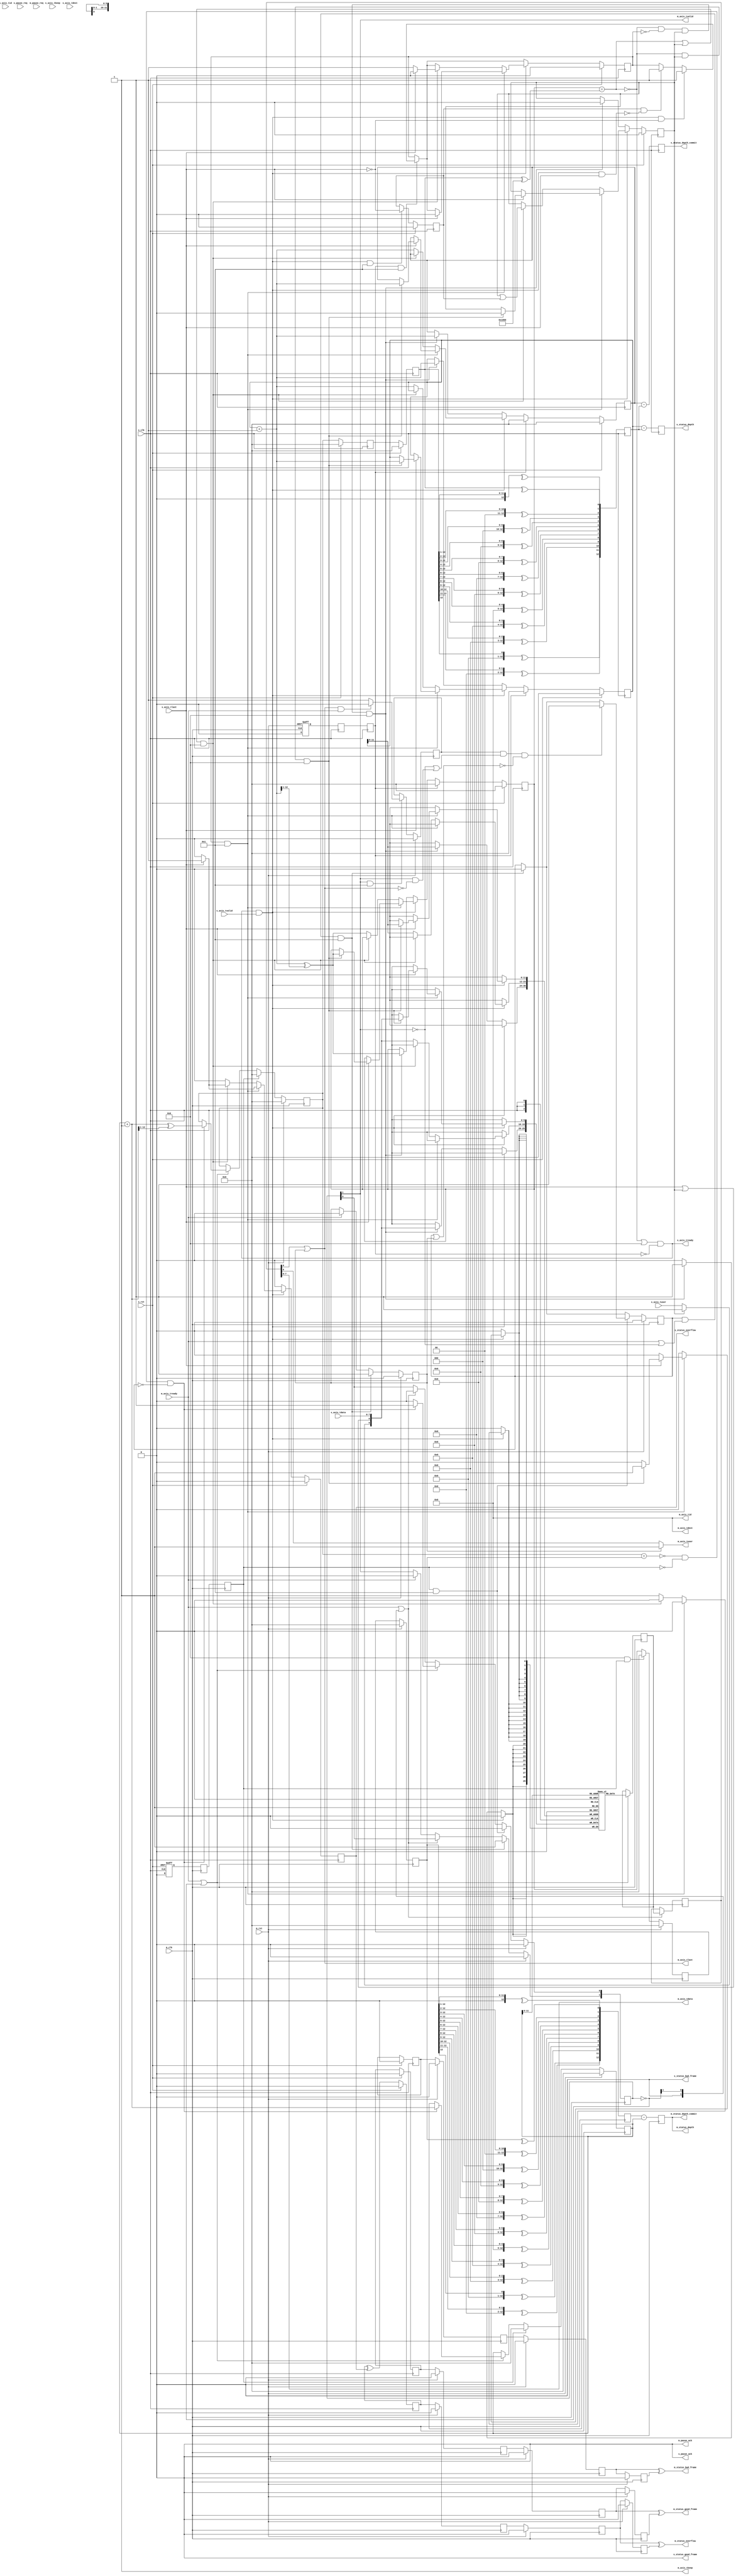
/*

Copyright (c) 2014-2023 Alex Forencich

Permission is hereby granted, free of charge, to any person obtaining a copy
of this software and associated documentation files (the "Software"), to deal
in the Software without restriction, including without limitation the rights
to use, copy, modify, merge, publish, distribute, sublicense, and/or sell
copies of the Software, and to permit persons to whom the Software is
furnished to do so, subject to the following conditions:

The above copyright notice and this permission notice shall be included in
all copies or substantial portions of the Software.

THE SOFTWARE IS PROVIDED "AS IS", WITHOUT WARRANTY OF ANY KIND, EXPRESS OR
IMPLIED, INCLUDING BUT NOT LIMITED TO THE WARRANTIES OF MERCHANTABILITY
FITNESS FOR A PARTICULAR PURPOSE AND NONINFRINGEMENT. IN NO EVENT SHALL THE
AUTHORS OR COPYRIGHT HOLDERS BE LIABLE FOR ANY CLAIM, DAMAGES OR OTHER
LIABILITY, WHETHER IN AN ACTION OF CONTRACT, TORT OR OTHERWISE, ARISING FROM,
OUT OF OR IN CONNECTION WITH THE SOFTWARE OR THE USE OR OTHER DEALINGS IN
THE SOFTWARE.

*/

// Language: Verilog 2001

`resetall
`timescale 1ns / 1ps
`default_nettype none

/*
 * AXI4-Stream asynchronous FIFO
 */
module axis_async_fifo #
(
    // FIFO depth in words
    // KEEP_WIDTH words per cycle if KEEP_ENABLE set
    // Rounded up to nearest power of 2 cycles
    parameter DEPTH = 4096,
    // Width of AXI stream interfaces in bits
    parameter DATA_WIDTH = 8,
    // Propagate tkeep signal
    // If disabled, tkeep assumed to be 1'b1
    parameter KEEP_ENABLE = (DATA_WIDTH>8),
    // tkeep signal width (words per cycle)
    parameter KEEP_WIDTH = ((DATA_WIDTH+7)/8),
    // Propagate tlast signal
    parameter LAST_ENABLE = 1,
    // Propagate tid signal
    parameter ID_ENABLE = 0,
    // tid signal width
    parameter ID_WIDTH = 8,
    // Propagate tdest signal
    parameter DEST_ENABLE = 0,
    // tdest signal width
    parameter DEST_WIDTH = 8,
    // Propagate tuser signal
    parameter USER_ENABLE = 1,
    // tuser signal width
    parameter USER_WIDTH = 1,
    // number of RAM pipeline registers
    parameter RAM_PIPELINE = 1,
    // use output FIFO
    // When set, the RAM read enable and pipeline clock enables are removed
    parameter OUTPUT_FIFO_ENABLE = 0,
    // Frame FIFO mode - operate on frames instead of cycles
    // When set, m_axis_tvalid will not be deasserted within a frame
    // Requires LAST_ENABLE set
    parameter FRAME_FIFO = 0,
    // tuser value for bad frame marker
    parameter USER_BAD_FRAME_VALUE = 1'b1,
    // tuser mask for bad frame marker
    parameter USER_BAD_FRAME_MASK = 1'b1,
    // Drop frames larger than FIFO
    // Requires FRAME_FIFO set
    parameter DROP_OVERSIZE_FRAME = FRAME_FIFO,
    // Drop frames marked bad
    // Requires FRAME_FIFO and DROP_OVERSIZE_FRAME set
    parameter DROP_BAD_FRAME = 0,
    // Drop incoming frames when full
    // When set, s_axis_tready is always asserted
    // Requires FRAME_FIFO and DROP_OVERSIZE_FRAME set
    parameter DROP_WHEN_FULL = 0,
    // Mark incoming frames as bad frames when full
    // When set, s_axis_tready is always asserted
    // Requires FRAME_FIFO to be clear
    parameter MARK_WHEN_FULL = 0,
    // Enable pause request input
    parameter PAUSE_ENABLE = 0,
    // Pause between frames
    parameter FRAME_PAUSE = FRAME_FIFO
)
(
    /*
     * AXI input
     */
    input  wire                   s_clk,
    input  wire                   s_rst,
    input  wire [DATA_WIDTH-1:0]  s_axis_tdata,
    input  wire [KEEP_WIDTH-1:0]  s_axis_tkeep,
    input  wire                   s_axis_tvalid,
    output wire                   s_axis_tready,
    input  wire                   s_axis_tlast,
    input  wire [ID_WIDTH-1:0]    s_axis_tid,
    input  wire [DEST_WIDTH-1:0]  s_axis_tdest,
    input  wire [USER_WIDTH-1:0]  s_axis_tuser,

    /*
     * AXI output
     */
    input  wire                   m_clk,
    input  wire                   m_rst,
    output wire [DATA_WIDTH-1:0]  m_axis_tdata,
    output wire [KEEP_WIDTH-1:0]  m_axis_tkeep,
    output wire                   m_axis_tvalid,
    input  wire                   m_axis_tready,
    output wire                   m_axis_tlast,
    output wire [ID_WIDTH-1:0]    m_axis_tid,
    output wire [DEST_WIDTH-1:0]  m_axis_tdest,
    output wire [USER_WIDTH-1:0]  m_axis_tuser,

    /*
     * Pause
     */
    input  wire                   s_pause_req,
    output wire                   s_pause_ack,
    input  wire                   m_pause_req,
    output wire                   m_pause_ack,

    /*
     * Status
     */
    output wire [$clog2(DEPTH):0] s_status_depth,
    output wire [$clog2(DEPTH):0] s_status_depth_commit,
    output wire                   s_status_overflow,
    output wire                   s_status_bad_frame,
    output wire                   s_status_good_frame,
    output wire [$clog2(DEPTH):0] m_status_depth,
    output wire [$clog2(DEPTH):0] m_status_depth_commit,
    output wire                   m_status_overflow,
    output wire                   m_status_bad_frame,
    output wire                   m_status_good_frame
);

parameter ADDR_WIDTH = (KEEP_ENABLE && KEEP_WIDTH > 1) ? $clog2(DEPTH/KEEP_WIDTH) : $clog2(DEPTH);

parameter OUTPUT_FIFO_ADDR_WIDTH = RAM_PIPELINE < 2 ? 3 : $clog2(RAM_PIPELINE*2+7);

// check configuration
initial begin
    if (FRAME_FIFO && !LAST_ENABLE) begin
        $error("Error: FRAME_FIFO set requires LAST_ENABLE set (instance %m)");
        $finish;
    end

    if (DROP_OVERSIZE_FRAME && !FRAME_FIFO) begin
        $error("Error: DROP_OVERSIZE_FRAME set requires FRAME_FIFO set (instance %m)");
        $finish;
    end

    if (DROP_BAD_FRAME && !(FRAME_FIFO && DROP_OVERSIZE_FRAME)) begin
        $error("Error: DROP_BAD_FRAME set requires FRAME_FIFO and DROP_OVERSIZE_FRAME set (instance %m)");
        $finish;
    end

    if (DROP_WHEN_FULL && !(FRAME_FIFO && DROP_OVERSIZE_FRAME)) begin
        $error("Error: DROP_WHEN_FULL set requires FRAME_FIFO and DROP_OVERSIZE_FRAME set (instance %m)");
        $finish;
    end

    if ((DROP_BAD_FRAME || MARK_WHEN_FULL) && (USER_BAD_FRAME_MASK & {USER_WIDTH{1'b1}}) == 0) begin
        $error("Error: Invalid USER_BAD_FRAME_MASK value (instance %m)");
        $finish;
    end

    if (MARK_WHEN_FULL && FRAME_FIFO) begin
        $error("Error: MARK_WHEN_FULL is not compatible with FRAME_FIFO (instance %m)");
        $finish;
    end

    if (MARK_WHEN_FULL && !LAST_ENABLE) begin
        $error("Error: MARK_WHEN_FULL set requires LAST_ENABLE set (instance %m)");
        $finish;
    end
end

localparam KEEP_OFFSET = DATA_WIDTH;
localparam LAST_OFFSET = KEEP_OFFSET + (KEEP_ENABLE ? KEEP_WIDTH : 0);
localparam ID_OFFSET   = LAST_OFFSET + (LAST_ENABLE ? 1          : 0);
localparam DEST_OFFSET = ID_OFFSET   + (ID_ENABLE   ? ID_WIDTH   : 0);
localparam USER_OFFSET = DEST_OFFSET + (DEST_ENABLE ? DEST_WIDTH : 0);
localparam WIDTH       = USER_OFFSET + (USER_ENABLE ? USER_WIDTH : 0);

function [ADDR_WIDTH:0] bin2gray(input [ADDR_WIDTH:0] b);
    bin2gray = b ^ (b >> 1);
endfunction

function [ADDR_WIDTH:0] gray2bin(input [ADDR_WIDTH:0] g);
    integer i;
    for (i = 0; i <= ADDR_WIDTH; i = i + 1) begin
        gray2bin[i] = ^(g >> i);
    end
endfunction

reg [ADDR_WIDTH:0] wr_ptr_reg = {ADDR_WIDTH+1{1'b0}};
reg [ADDR_WIDTH:0] wr_ptr_commit_reg = {ADDR_WIDTH+1{1'b0}};
reg [ADDR_WIDTH:0] wr_ptr_gray_reg = {ADDR_WIDTH+1{1'b0}};
reg [ADDR_WIDTH:0] wr_ptr_sync_commit_reg = {ADDR_WIDTH+1{1'b0}};
reg [ADDR_WIDTH:0] rd_ptr_reg = {ADDR_WIDTH+1{1'b0}};
reg [ADDR_WIDTH:0] rd_ptr_gray_reg = {ADDR_WIDTH+1{1'b0}};
reg [ADDR_WIDTH:0] wr_ptr_conv_reg = {ADDR_WIDTH+1{1'b0}};
reg [ADDR_WIDTH:0] rd_ptr_conv_reg = {ADDR_WIDTH+1{1'b0}};

reg [ADDR_WIDTH:0] wr_ptr_temp;
reg [ADDR_WIDTH:0] rd_ptr_temp;

(* SHREG_EXTRACT = "NO" *)
reg [ADDR_WIDTH:0] wr_ptr_gray_sync1_reg = {ADDR_WIDTH+1{1'b0}};
(* SHREG_EXTRACT = "NO" *)
reg [ADDR_WIDTH:0] wr_ptr_gray_sync2_reg = {ADDR_WIDTH+1{1'b0}};
(* SHREG_EXTRACT = "NO" *)
reg [ADDR_WIDTH:0] wr_ptr_commit_sync_reg = {ADDR_WIDTH+1{1'b0}};
(* SHREG_EXTRACT = "NO" *)
reg [ADDR_WIDTH:0] rd_ptr_gray_sync1_reg = {ADDR_WIDTH+1{1'b0}};
(* SHREG_EXTRACT = "NO" *)
reg [ADDR_WIDTH:0] rd_ptr_gray_sync2_reg = {ADDR_WIDTH+1{1'b0}};

reg wr_ptr_update_valid_reg = 1'b0;
reg wr_ptr_update_reg = 1'b0;
(* SHREG_EXTRACT = "NO" *)
reg wr_ptr_update_sync1_reg = 1'b0;
(* SHREG_EXTRACT = "NO" *)
reg wr_ptr_update_sync2_reg = 1'b0;
(* SHREG_EXTRACT = "NO" *)
reg wr_ptr_update_sync3_reg = 1'b0;
(* SHREG_EXTRACT = "NO" *)
reg wr_ptr_update_ack_sync1_reg = 1'b0;
(* SHREG_EXTRACT = "NO" *)
reg wr_ptr_update_ack_sync2_reg = 1'b0;

(* SHREG_EXTRACT = "NO" *)
reg s_rst_sync1_reg = 1'b1;
(* SHREG_EXTRACT = "NO" *)
reg s_rst_sync2_reg = 1'b1;
(* SHREG_EXTRACT = "NO" *)
reg s_rst_sync3_reg = 1'b1;
(* SHREG_EXTRACT = "NO" *)
reg m_rst_sync1_reg = 1'b1;
(* SHREG_EXTRACT = "NO" *)
reg m_rst_sync2_reg = 1'b1;
(* SHREG_EXTRACT = "NO" *)
reg m_rst_sync3_reg = 1'b1;

(* ramstyle = "no_rw_check" *)
reg [WIDTH-1:0] mem[(2**ADDR_WIDTH)-1:0];
reg mem_read_data_valid_reg = 1'b0;

(* shreg_extract = "no" *)
reg [WIDTH-1:0] m_axis_pipe_reg[RAM_PIPELINE+1-1:0];
reg [RAM_PIPELINE+1-1:0] m_axis_tvalid_pipe_reg = 0;

// full when first TWO MSBs do NOT match, but rest matches
// (gray code equivalent of first MSB different but rest same)
wire full = wr_ptr_gray_reg == (rd_ptr_gray_sync2_reg ^ {2'b11, {ADDR_WIDTH-1{1'b0}}});
// empty when pointers match exactly
wire empty = FRAME_FIFO ? (rd_ptr_reg == wr_ptr_commit_sync_reg) : (rd_ptr_gray_reg == wr_ptr_gray_sync2_reg);
// overflow within packet
wire full_wr = wr_ptr_reg == (wr_ptr_commit_reg ^ {1'b1, {ADDR_WIDTH{1'b0}}});

// control signals
reg write;
reg read;
reg store_output;

reg s_frame_reg = 1'b0;
reg m_frame_reg = 1'b0;

reg drop_frame_reg = 1'b0;
reg mark_frame_reg = 1'b0;
reg send_frame_reg = 1'b0;
reg overflow_reg = 1'b0;
reg bad_frame_reg = 1'b0;
reg good_frame_reg = 1'b0;

reg m_drop_frame_reg = 1'b0;
reg m_terminate_frame_reg = 1'b0;

reg [ADDR_WIDTH:0] s_depth_reg = 0;
reg [ADDR_WIDTH:0] s_depth_commit_reg = 0;
reg [ADDR_WIDTH:0] m_depth_reg = 0;
reg [ADDR_WIDTH:0] m_depth_commit_reg = 0;

reg overflow_sync1_reg = 1'b0;
reg overflow_sync2_reg = 1'b0;
reg overflow_sync3_reg = 1'b0;
reg overflow_sync4_reg = 1'b0;
reg bad_frame_sync1_reg = 1'b0;
reg bad_frame_sync2_reg = 1'b0;
reg bad_frame_sync3_reg = 1'b0;
reg bad_frame_sync4_reg = 1'b0;
reg good_frame_sync1_reg = 1'b0;
reg good_frame_sync2_reg = 1'b0;
reg good_frame_sync3_reg = 1'b0;
reg good_frame_sync4_reg = 1'b0;

assign s_axis_tready = (FRAME_FIFO ? (!full || (full_wr && DROP_OVERSIZE_FRAME) || DROP_WHEN_FULL) : (!full || MARK_WHEN_FULL)) && !s_rst_sync3_reg;

wire [WIDTH-1:0] s_axis;

generate
    assign s_axis[DATA_WIDTH-1:0] = s_axis_tdata;
    if (KEEP_ENABLE) assign s_axis[KEEP_OFFSET +: KEEP_WIDTH] = s_axis_tkeep;
    if (LAST_ENABLE) assign s_axis[LAST_OFFSET]               = s_axis_tlast | mark_frame_reg;
    if (ID_ENABLE)   assign s_axis[ID_OFFSET   +: ID_WIDTH]   = s_axis_tid;
    if (DEST_ENABLE) assign s_axis[DEST_OFFSET +: DEST_WIDTH] = s_axis_tdest;
    if (USER_ENABLE) assign s_axis[USER_OFFSET +: USER_WIDTH] = mark_frame_reg ? USER_BAD_FRAME_VALUE : s_axis_tuser;
endgenerate

wire [WIDTH-1:0] m_axis = m_axis_pipe_reg[RAM_PIPELINE+1-1];

wire                   m_axis_tready_pipe;
wire                   m_axis_tvalid_pipe = m_axis_tvalid_pipe_reg[RAM_PIPELINE+1-1];

wire [DATA_WIDTH-1:0]  m_axis_tdata_pipe  = m_axis[DATA_WIDTH-1:0];
wire [KEEP_WIDTH-1:0]  m_axis_tkeep_pipe  = KEEP_ENABLE ? m_axis[KEEP_OFFSET +: KEEP_WIDTH] : {KEEP_WIDTH{1'b1}};
wire                   m_axis_tlast_pipe  = LAST_ENABLE ? m_axis[LAST_OFFSET] | m_terminate_frame_reg : 1'b1;
wire [ID_WIDTH-1:0]    m_axis_tid_pipe    = ID_ENABLE   ? m_axis[ID_OFFSET +: ID_WIDTH] : {ID_WIDTH{1'b0}};
wire [DEST_WIDTH-1:0]  m_axis_tdest_pipe  = DEST_ENABLE ? m_axis[DEST_OFFSET +: DEST_WIDTH] : {DEST_WIDTH{1'b0}};
wire [USER_WIDTH-1:0]  m_axis_tuser_pipe  = USER_ENABLE ? (m_terminate_frame_reg ? USER_BAD_FRAME_VALUE : m_axis[USER_OFFSET +: USER_WIDTH]) : {USER_WIDTH{1'b0}};

wire                   m_axis_tready_out;
wire                   m_axis_tvalid_out;

wire [DATA_WIDTH-1:0]  m_axis_tdata_out;
wire [KEEP_WIDTH-1:0]  m_axis_tkeep_out;
wire                   m_axis_tlast_out;
wire [ID_WIDTH-1:0]    m_axis_tid_out;
wire [DEST_WIDTH-1:0]  m_axis_tdest_out;
wire [USER_WIDTH-1:0]  m_axis_tuser_out;

wire pipe_ready;

assign s_status_depth = (KEEP_ENABLE && KEEP_WIDTH > 1) ? {s_depth_reg, {$clog2(KEEP_WIDTH){1'b0}}} : s_depth_reg;
assign s_status_depth_commit = (KEEP_ENABLE && KEEP_WIDTH > 1) ? {s_depth_commit_reg, {$clog2(KEEP_WIDTH){1'b0}}} : s_depth_commit_reg;
assign s_status_overflow = overflow_reg;
assign s_status_bad_frame = bad_frame_reg;
assign s_status_good_frame = good_frame_reg;

assign m_status_depth = (KEEP_ENABLE && KEEP_WIDTH > 1) ? {m_depth_reg, {$clog2(KEEP_WIDTH){1'b0}}} : m_depth_reg;
assign m_status_depth_commit = (KEEP_ENABLE && KEEP_WIDTH > 1) ? {m_depth_commit_reg, {$clog2(KEEP_WIDTH){1'b0}}} : m_depth_commit_reg;
assign m_status_overflow = overflow_sync3_reg ^ overflow_sync4_reg;
assign m_status_bad_frame = bad_frame_sync3_reg ^ bad_frame_sync4_reg;
assign m_status_good_frame = good_frame_sync3_reg ^ good_frame_sync4_reg;

// reset synchronization
always @(posedge m_clk or posedge m_rst) begin
    if (m_rst) begin
        s_rst_sync1_reg <= 1'b1;
    end else begin
        s_rst_sync1_reg <= 1'b0;
    end
end

always @(posedge s_clk) begin
    s_rst_sync2_reg <= s_rst_sync1_reg;
    s_rst_sync3_reg <= s_rst_sync2_reg;
end

always @(posedge s_clk or posedge s_rst) begin
    if (s_rst) begin
        m_rst_sync1_reg <= 1'b1;
    end else begin
        m_rst_sync1_reg <= 1'b0;
    end
end

always @(posedge m_clk) begin
    m_rst_sync2_reg <= m_rst_sync1_reg;
    m_rst_sync3_reg <= m_rst_sync2_reg;
end

// Write logic
always @(posedge s_clk) begin
    overflow_reg <= 1'b0;
    bad_frame_reg <= 1'b0;
    good_frame_reg <= 1'b0;

    if (FRAME_FIFO && wr_ptr_update_valid_reg) begin
        // have updated pointer to sync
        if (wr_ptr_update_reg == wr_ptr_update_ack_sync2_reg) begin
            // no sync in progress; sync update
            wr_ptr_update_valid_reg <= 1'b0;
            wr_ptr_sync_commit_reg <= wr_ptr_commit_reg;
            wr_ptr_update_reg <= !wr_ptr_update_ack_sync2_reg;
        end
    end

    if (s_axis_tready && s_axis_tvalid && LAST_ENABLE) begin
        // track input frame status
        s_frame_reg <= !s_axis_tlast;
    end

    if (s_rst_sync3_reg && LAST_ENABLE) begin
        // if sink side is reset during transfer, drop partial frame
        if (s_frame_reg && !(s_axis_tready && s_axis_tvalid && s_axis_tlast)) begin
            drop_frame_reg <= 1'b1;
        end
        if (s_axis_tready && s_axis_tvalid && !s_axis_tlast) begin
            drop_frame_reg <= 1'b1;
        end
    end

    if (FRAME_FIFO) begin
        // frame FIFO mode
        if (s_axis_tready && s_axis_tvalid) begin
            // transfer in
            if ((full && DROP_WHEN_FULL) || (full_wr && DROP_OVERSIZE_FRAME) || drop_frame_reg) begin
                // full, packet overflow, or currently dropping frame
                // drop frame
                drop_frame_reg <= 1'b1;
                if (s_axis_tlast) begin
                    // end of frame, reset write pointer
                    wr_ptr_temp = wr_ptr_commit_reg;
                    wr_ptr_reg <= wr_ptr_temp;
                    wr_ptr_gray_reg <= bin2gray(wr_ptr_temp);
                    drop_frame_reg <= 1'b0;
                    overflow_reg <= 1'b1;
                end
            end else begin
                mem[wr_ptr_reg[ADDR_WIDTH-1:0]] <= s_axis;
                wr_ptr_temp = wr_ptr_reg + 1;
                wr_ptr_reg <= wr_ptr_temp;
                wr_ptr_gray_reg <= bin2gray(wr_ptr_temp);
                if (s_axis_tlast || (!DROP_OVERSIZE_FRAME && (full_wr || send_frame_reg))) begin
                    // end of frame or send frame
                    send_frame_reg <= !s_axis_tlast;
                    if (s_axis_tlast && DROP_BAD_FRAME && USER_BAD_FRAME_MASK & ~(s_axis_tuser ^ USER_BAD_FRAME_VALUE)) begin
                        // bad packet, reset write pointer
                        wr_ptr_temp = wr_ptr_commit_reg;
                        wr_ptr_reg <= wr_ptr_temp;
                        wr_ptr_gray_reg <= bin2gray(wr_ptr_temp);
                        bad_frame_reg <= 1'b1;
                    end else begin
                        // good packet or packet overflow, update write pointer
                        wr_ptr_temp = wr_ptr_reg + 1;
                        wr_ptr_reg <= wr_ptr_temp;
                        wr_ptr_commit_reg <= wr_ptr_temp;
                        wr_ptr_gray_reg <= bin2gray(wr_ptr_temp);

                        if (wr_ptr_update_reg == wr_ptr_update_ack_sync2_reg) begin
                            // no sync in progress; sync update
                            wr_ptr_update_valid_reg <= 1'b0;
                            wr_ptr_sync_commit_reg <= wr_ptr_temp;
                            wr_ptr_update_reg <= !wr_ptr_update_ack_sync2_reg;
                        end else begin
                            // sync in progress; flag it for later
                            wr_ptr_update_valid_reg <= 1'b1;
                        end

                        good_frame_reg <= s_axis_tlast;
                    end
                end
            end
        end else if (s_axis_tvalid && full_wr && FRAME_FIFO && !DROP_OVERSIZE_FRAME) begin
            // data valid with packet overflow
            // update write pointer
            send_frame_reg <= 1'b1;
            wr_ptr_temp = wr_ptr_reg;
            wr_ptr_reg <= wr_ptr_temp;
            wr_ptr_commit_reg <= wr_ptr_temp;
            wr_ptr_gray_reg <= bin2gray(wr_ptr_temp);

            if (wr_ptr_update_reg == wr_ptr_update_ack_sync2_reg) begin
                // no sync in progress; sync update
                wr_ptr_update_valid_reg <= 1'b0;
                wr_ptr_sync_commit_reg <= wr_ptr_temp;
                wr_ptr_update_reg <= !wr_ptr_update_ack_sync2_reg;
            end else begin
                // sync in progress; flag it for later
                wr_ptr_update_valid_reg <= 1'b1;
            end
        end
    end else begin
        // normal FIFO mode
        if (s_axis_tready && s_axis_tvalid) begin
            if (drop_frame_reg && LAST_ENABLE) begin
                // currently dropping frame
                if (s_axis_tlast) begin
                    // end of frame
                    if (!full && mark_frame_reg && MARK_WHEN_FULL) begin
                        // terminate marked frame
                        mark_frame_reg <= 1'b0;
                        mem[wr_ptr_reg[ADDR_WIDTH-1:0]] <= s_axis;
                        wr_ptr_temp = wr_ptr_reg + 1;
                        wr_ptr_reg <= wr_ptr_temp;
                        wr_ptr_commit_reg <= wr_ptr_temp;
                        wr_ptr_gray_reg <= bin2gray(wr_ptr_temp);
                    end
                    // end of frame, clear drop flag
                    drop_frame_reg <= 1'b0;
                    overflow_reg <= 1'b1;
                end
            end else if ((full || mark_frame_reg) && MARK_WHEN_FULL) begin
                // full or marking frame
                // drop frame; mark if this isn't the first cycle
                drop_frame_reg <= 1'b1;
                mark_frame_reg <= mark_frame_reg || s_frame_reg;
                if (s_axis_tlast) begin
                    drop_frame_reg <= 1'b0;
                    overflow_reg <= 1'b1;
                end
            end else begin
                // transfer in
                mem[wr_ptr_reg[ADDR_WIDTH-1:0]] <= s_axis;
                wr_ptr_temp = wr_ptr_reg + 1;
                wr_ptr_reg <= wr_ptr_temp;
                wr_ptr_commit_reg <= wr_ptr_temp;
                wr_ptr_gray_reg <= bin2gray(wr_ptr_temp);
            end
        end else if ((!full && !drop_frame_reg && mark_frame_reg) && MARK_WHEN_FULL) begin
            // terminate marked frame
            mark_frame_reg <= 1'b0;
            mem[wr_ptr_reg[ADDR_WIDTH-1:0]] <= s_axis;
            wr_ptr_temp = wr_ptr_reg + 1;
            wr_ptr_reg <= wr_ptr_temp;
            wr_ptr_commit_reg <= wr_ptr_temp;
            wr_ptr_gray_reg <= bin2gray(wr_ptr_temp);
        end
    end

    if (s_rst_sync3_reg) begin
        wr_ptr_reg <= {ADDR_WIDTH+1{1'b0}};
        wr_ptr_commit_reg <= {ADDR_WIDTH+1{1'b0}};
        wr_ptr_gray_reg <= {ADDR_WIDTH+1{1'b0}};
        wr_ptr_sync_commit_reg <= {ADDR_WIDTH+1{1'b0}};

        wr_ptr_update_valid_reg <= 1'b0;
        wr_ptr_update_reg <= 1'b0;
    end

    if (s_rst) begin
        wr_ptr_reg <= {ADDR_WIDTH+1{1'b0}};
        wr_ptr_commit_reg <= {ADDR_WIDTH+1{1'b0}};
        wr_ptr_gray_reg <= {ADDR_WIDTH+1{1'b0}};
        wr_ptr_sync_commit_reg <= {ADDR_WIDTH+1{1'b0}};

        wr_ptr_update_valid_reg <= 1'b0;
        wr_ptr_update_reg <= 1'b0;

        s_frame_reg <= 1'b0;

        drop_frame_reg <= 1'b0;
        mark_frame_reg <= 1'b0;
        send_frame_reg <= 1'b0;
        overflow_reg <= 1'b0;
        bad_frame_reg <= 1'b0;
        good_frame_reg <= 1'b0;
    end
end

// Write-side status
always @(posedge s_clk) begin
    rd_ptr_conv_reg <= gray2bin(rd_ptr_gray_sync2_reg);
    s_depth_reg <= wr_ptr_reg - rd_ptr_conv_reg;
    s_depth_commit_reg <= wr_ptr_commit_reg - rd_ptr_conv_reg;
end

// pointer synchronization
always @(posedge s_clk) begin
    rd_ptr_gray_sync1_reg <= rd_ptr_gray_reg;
    rd_ptr_gray_sync2_reg <= rd_ptr_gray_sync1_reg;
    wr_ptr_update_ack_sync1_reg <= wr_ptr_update_sync3_reg;
    wr_ptr_update_ack_sync2_reg <= wr_ptr_update_ack_sync1_reg;

    if (s_rst) begin
        rd_ptr_gray_sync1_reg <= {ADDR_WIDTH+1{1'b0}};
        rd_ptr_gray_sync2_reg <= {ADDR_WIDTH+1{1'b0}};
        wr_ptr_update_ack_sync1_reg <= 1'b0;
        wr_ptr_update_ack_sync2_reg <= 1'b0;
    end
end

always @(posedge m_clk) begin
    wr_ptr_gray_sync1_reg <= wr_ptr_gray_reg;
    wr_ptr_gray_sync2_reg <= wr_ptr_gray_sync1_reg;
    if (FRAME_FIFO && wr_ptr_update_sync2_reg ^ wr_ptr_update_sync3_reg) begin
        wr_ptr_commit_sync_reg <= wr_ptr_sync_commit_reg;
    end
    wr_ptr_update_sync1_reg <= wr_ptr_update_reg;
    wr_ptr_update_sync2_reg <= wr_ptr_update_sync1_reg;
    wr_ptr_update_sync3_reg <= wr_ptr_update_sync2_reg;

    if (FRAME_FIFO && m_rst_sync3_reg) begin
        wr_ptr_gray_sync1_reg <= {ADDR_WIDTH+1{1'b0}};
    end

    if (m_rst) begin
        wr_ptr_gray_sync1_reg <= {ADDR_WIDTH+1{1'b0}};
        wr_ptr_gray_sync2_reg <= {ADDR_WIDTH+1{1'b0}};
        wr_ptr_commit_sync_reg <= {ADDR_WIDTH+1{1'b0}};
        wr_ptr_update_sync1_reg <= 1'b0;
        wr_ptr_update_sync2_reg <= 1'b0;
        wr_ptr_update_sync3_reg <= 1'b0;
    end
end

// status synchronization
always @(posedge s_clk) begin
    overflow_sync1_reg <= overflow_sync1_reg ^ overflow_reg;
    bad_frame_sync1_reg <= bad_frame_sync1_reg ^ bad_frame_reg;
    good_frame_sync1_reg <= good_frame_sync1_reg ^ good_frame_reg;

    if (s_rst) begin
        overflow_sync1_reg <= 1'b0;
        bad_frame_sync1_reg <= 1'b0;
        good_frame_sync1_reg <= 1'b0;
    end
end

always @(posedge m_clk) begin
    overflow_sync2_reg <= overflow_sync1_reg;
    overflow_sync3_reg <= overflow_sync2_reg;
    overflow_sync4_reg <= overflow_sync3_reg;
    bad_frame_sync2_reg <= bad_frame_sync1_reg;
    bad_frame_sync3_reg <= bad_frame_sync2_reg;
    bad_frame_sync4_reg <= bad_frame_sync3_reg;
    good_frame_sync2_reg <= good_frame_sync1_reg;
    good_frame_sync3_reg <= good_frame_sync2_reg;
    good_frame_sync4_reg <= good_frame_sync3_reg;

    if (m_rst) begin
        overflow_sync2_reg <= 1'b0;
        overflow_sync3_reg <= 1'b0;
        overflow_sync4_reg <= 1'b0;
        bad_frame_sync2_reg <= 1'b0;
        bad_frame_sync3_reg <= 1'b0;
        bad_frame_sync4_reg <= 1'b0;
        good_frame_sync2_reg <= 1'b0;
        good_frame_sync3_reg <= 1'b0;
        good_frame_sync4_reg <= 1'b0;
    end
end

// Read logic
integer j;

always @(posedge m_clk) begin
    if (m_axis_tready_pipe) begin
        // output ready; invalidate stage
        m_axis_tvalid_pipe_reg[RAM_PIPELINE+1-1] <= 1'b0;
        m_terminate_frame_reg <= 1'b0;
    end

    for (j = RAM_PIPELINE+1-1; j > 0; j = j - 1) begin
        if (m_axis_tready_pipe || ((~m_axis_tvalid_pipe_reg) >> j)) begin
            // output ready or bubble in pipeline; transfer down pipeline
            m_axis_tvalid_pipe_reg[j] <= m_axis_tvalid_pipe_reg[j-1];
            m_axis_pipe_reg[j] <= m_axis_pipe_reg[j-1];
            m_axis_tvalid_pipe_reg[j-1] <= 1'b0;
        end
    end

    if (m_axis_tready_pipe || ~m_axis_tvalid_pipe_reg) begin
        // output ready or bubble in pipeline; read new data from FIFO
        m_axis_tvalid_pipe_reg[0] <= 1'b0;
        m_axis_pipe_reg[0] <= mem[rd_ptr_reg[ADDR_WIDTH-1:0]];
        if (!empty && !m_rst_sync3_reg && !m_drop_frame_reg && pipe_ready) begin
            // not empty, increment pointer
            m_axis_tvalid_pipe_reg[0] <= 1'b1;
            rd_ptr_temp = rd_ptr_reg + 1;
            rd_ptr_reg <= rd_ptr_temp;
            rd_ptr_gray_reg <= rd_ptr_temp ^ (rd_ptr_temp >> 1);
        end
    end

    if (m_axis_tvalid_pipe && LAST_ENABLE) begin
        // track output frame status
        if (m_axis_tlast_pipe && m_axis_tready_pipe) begin
            m_frame_reg <= 1'b0;
        end else begin
            m_frame_reg <= 1'b1;
        end
    end

    if (m_drop_frame_reg && (OUTPUT_FIFO_ENABLE ? pipe_ready : m_axis_tready_pipe || !m_axis_tvalid_pipe) && LAST_ENABLE) begin
        // terminate frame
        // (only for frame transfers interrupted by source reset)
        m_axis_tvalid_pipe_reg[RAM_PIPELINE+1-1] <= 1'b1;
        m_terminate_frame_reg <= 1'b1;
        m_drop_frame_reg <= 1'b0;
    end

    if (m_rst_sync3_reg && LAST_ENABLE) begin
        // if source side is reset during transfer, drop partial frame

        // empty output pipeline, except for last stage
        if (RAM_PIPELINE > 0) begin
            m_axis_tvalid_pipe_reg[RAM_PIPELINE+1-2:0] <= 0;
        end

        if (m_frame_reg && (!m_axis_tvalid_pipe || (m_axis_tvalid_pipe && !m_axis_tlast_pipe)) &&
                !(m_drop_frame_reg || m_terminate_frame_reg)) begin
            // terminate frame
            m_drop_frame_reg <= 1'b1;
        end
    end

    if (m_rst_sync3_reg) begin
        rd_ptr_reg <= {ADDR_WIDTH+1{1'b0}};
        rd_ptr_gray_reg <= {ADDR_WIDTH+1{1'b0}};
    end

    if (m_rst) begin
        rd_ptr_reg <= {ADDR_WIDTH+1{1'b0}};
        rd_ptr_gray_reg <= {ADDR_WIDTH+1{1'b0}};
        m_axis_tvalid_pipe_reg <= 0;
        m_frame_reg <= 1'b0;
        m_drop_frame_reg <= 1'b0;
        m_terminate_frame_reg <= 1'b0;
    end
end

// Read-side status
always @(posedge m_clk) begin
    wr_ptr_conv_reg <= gray2bin(wr_ptr_gray_sync2_reg);
    m_depth_reg <= wr_ptr_conv_reg - rd_ptr_reg;
    m_depth_commit_reg <= FRAME_FIFO ? wr_ptr_commit_sync_reg - rd_ptr_reg : wr_ptr_conv_reg - rd_ptr_reg;
end

generate

if (!OUTPUT_FIFO_ENABLE) begin

    assign pipe_ready = 1'b1;

    assign m_axis_tready_pipe = m_axis_tready_out;
    assign m_axis_tvalid_out = m_axis_tvalid_pipe;

    assign m_axis_tdata_out = m_axis_tdata_pipe;
    assign m_axis_tkeep_out = m_axis_tkeep_pipe;
    assign m_axis_tlast_out = m_axis_tlast_pipe;
    assign m_axis_tid_out   = m_axis_tid_pipe;
    assign m_axis_tdest_out = m_axis_tdest_pipe;
    assign m_axis_tuser_out = m_axis_tuser_pipe;

end else begin : output_fifo

    // output datapath logic
    reg [DATA_WIDTH-1:0] m_axis_tdata_reg  = {DATA_WIDTH{1'b0}};
    reg [KEEP_WIDTH-1:0] m_axis_tkeep_reg  = {KEEP_WIDTH{1'b0}};
    reg                  m_axis_tvalid_reg = 1'b0;
    reg                  m_axis_tlast_reg  = 1'b0;
    reg [ID_WIDTH-1:0]   m_axis_tid_reg    = {ID_WIDTH{1'b0}};
    reg [DEST_WIDTH-1:0] m_axis_tdest_reg  = {DEST_WIDTH{1'b0}};
    reg [USER_WIDTH-1:0] m_axis_tuser_reg  = {USER_WIDTH{1'b0}};

    reg [OUTPUT_FIFO_ADDR_WIDTH+1-1:0] out_fifo_wr_ptr_reg = 0;
    reg [OUTPUT_FIFO_ADDR_WIDTH+1-1:0] out_fifo_rd_ptr_reg = 0;
    reg out_fifo_half_full_reg = 1'b0;

    wire out_fifo_full = out_fifo_wr_ptr_reg == (out_fifo_rd_ptr_reg ^ {1'b1, {OUTPUT_FIFO_ADDR_WIDTH{1'b0}}});
    wire out_fifo_empty = out_fifo_wr_ptr_reg == out_fifo_rd_ptr_reg;

    (* ram_style = "distributed", ramstyle = "no_rw_check, mlab" *)
    reg [DATA_WIDTH-1:0] out_fifo_tdata[2**OUTPUT_FIFO_ADDR_WIDTH-1:0];
    (* ram_style = "distributed", ramstyle = "no_rw_check, mlab" *)
    reg [KEEP_WIDTH-1:0] out_fifo_tkeep[2**OUTPUT_FIFO_ADDR_WIDTH-1:0];
    (* ram_style = "distributed", ramstyle = "no_rw_check, mlab" *)
    reg                  out_fifo_tlast[2**OUTPUT_FIFO_ADDR_WIDTH-1:0];
    (* ram_style = "distributed", ramstyle = "no_rw_check, mlab" *)
    reg [ID_WIDTH-1:0]   out_fifo_tid[2**OUTPUT_FIFO_ADDR_WIDTH-1:0];
    (* ram_style = "distributed", ramstyle = "no_rw_check, mlab" *)
    reg [DEST_WIDTH-1:0] out_fifo_tdest[2**OUTPUT_FIFO_ADDR_WIDTH-1:0];
    (* ram_style = "distributed", ramstyle = "no_rw_check, mlab" *)
    reg [USER_WIDTH-1:0] out_fifo_tuser[2**OUTPUT_FIFO_ADDR_WIDTH-1:0];

    assign pipe_ready = !out_fifo_half_full_reg;

    assign m_axis_tready_pipe = 1'b1;

    assign m_axis_tdata_out  = m_axis_tdata_reg;
    assign m_axis_tkeep_out  = KEEP_ENABLE ? m_axis_tkeep_reg : {KEEP_WIDTH{1'b1}};
    assign m_axis_tvalid_out = m_axis_tvalid_reg;
    assign m_axis_tlast_out  = LAST_ENABLE ? m_axis_tlast_reg : 1'b1;
    assign m_axis_tid_out    = ID_ENABLE   ? m_axis_tid_reg   : {ID_WIDTH{1'b0}};
    assign m_axis_tdest_out  = DEST_ENABLE ? m_axis_tdest_reg : {DEST_WIDTH{1'b0}};
    assign m_axis_tuser_out  = USER_ENABLE ? m_axis_tuser_reg : {USER_WIDTH{1'b0}};

    always @(posedge m_clk) begin
        m_axis_tvalid_reg <= m_axis_tvalid_reg && !m_axis_tready_out;

        out_fifo_half_full_reg <= $unsigned(out_fifo_wr_ptr_reg - out_fifo_rd_ptr_reg) >= 2**(OUTPUT_FIFO_ADDR_WIDTH-1);

        if (!out_fifo_full && m_axis_tvalid_pipe) begin
            out_fifo_tdata[out_fifo_wr_ptr_reg[OUTPUT_FIFO_ADDR_WIDTH-1:0]] <= m_axis_tdata_pipe;
            out_fifo_tkeep[out_fifo_wr_ptr_reg[OUTPUT_FIFO_ADDR_WIDTH-1:0]] <= m_axis_tkeep_pipe;
            out_fifo_tlast[out_fifo_wr_ptr_reg[OUTPUT_FIFO_ADDR_WIDTH-1:0]] <= m_axis_tlast_pipe;
            out_fifo_tid[out_fifo_wr_ptr_reg[OUTPUT_FIFO_ADDR_WIDTH-1:0]] <= m_axis_tid_pipe;
            out_fifo_tdest[out_fifo_wr_ptr_reg[OUTPUT_FIFO_ADDR_WIDTH-1:0]] <= m_axis_tdest_pipe;
            out_fifo_tuser[out_fifo_wr_ptr_reg[OUTPUT_FIFO_ADDR_WIDTH-1:0]] <= m_axis_tuser_pipe;
            out_fifo_wr_ptr_reg <= out_fifo_wr_ptr_reg + 1;
        end

        if (!out_fifo_empty && (!m_axis_tvalid_reg || m_axis_tready_out)) begin
            m_axis_tdata_reg <= out_fifo_tdata[out_fifo_rd_ptr_reg[OUTPUT_FIFO_ADDR_WIDTH-1:0]];
            m_axis_tkeep_reg <= out_fifo_tkeep[out_fifo_rd_ptr_reg[OUTPUT_FIFO_ADDR_WIDTH-1:0]];
            m_axis_tvalid_reg <= 1'b1;
            m_axis_tlast_reg <= out_fifo_tlast[out_fifo_rd_ptr_reg[OUTPUT_FIFO_ADDR_WIDTH-1:0]];
            m_axis_tid_reg <= out_fifo_tid[out_fifo_rd_ptr_reg[OUTPUT_FIFO_ADDR_WIDTH-1:0]];
            m_axis_tdest_reg <= out_fifo_tdest[out_fifo_rd_ptr_reg[OUTPUT_FIFO_ADDR_WIDTH-1:0]];
            m_axis_tuser_reg <= out_fifo_tuser[out_fifo_rd_ptr_reg[OUTPUT_FIFO_ADDR_WIDTH-1:0]];
            out_fifo_rd_ptr_reg <= out_fifo_rd_ptr_reg + 1;
        end

        if (m_rst) begin
            out_fifo_wr_ptr_reg <= 0;
            out_fifo_rd_ptr_reg <= 0;
            m_axis_tvalid_reg <= 1'b0;
        end
    end

end

if (PAUSE_ENABLE) begin : pause

    // Pause logic
    reg pause_reg = 1'b0;
    reg pause_frame_reg = 1'b0;

    reg s_pause_req_sync1_reg;
    reg s_pause_req_sync2_reg;
    reg s_pause_req_sync3_reg;
    reg s_pause_ack_sync1_reg;
    reg s_pause_ack_sync2_reg;
    reg s_pause_ack_sync3_reg;

    always @(posedge s_clk) begin
        s_pause_req_sync1_reg <= s_pause_req;
        s_pause_ack_sync2_reg <= s_pause_ack_sync1_reg;
        s_pause_ack_sync3_reg <= s_pause_ack_sync2_reg;
    end

    always @(posedge m_clk) begin
        s_pause_req_sync2_reg <= s_pause_req_sync1_reg;
        s_pause_req_sync3_reg <= s_pause_req_sync2_reg;
        s_pause_ack_sync1_reg <= pause_reg;
    end

    assign m_axis_tready_out = m_axis_tready && !pause_reg;
    assign m_axis_tvalid = m_axis_tvalid_out && !pause_reg;

    assign m_axis_tdata = m_axis_tdata_out;
    assign m_axis_tkeep = m_axis_tkeep_out;
    assign m_axis_tlast = m_axis_tlast_out;
    assign m_axis_tid   = m_axis_tid_out;
    assign m_axis_tdest = m_axis_tdest_out;
    assign m_axis_tuser = m_axis_tuser_out;

    assign s_pause_ack = s_pause_ack_sync3_reg;
    assign m_pause_ack = pause_reg;

    always @(posedge m_clk) begin
        if (FRAME_PAUSE) begin
            if (pause_reg) begin
                // paused; update pause status
                pause_reg <= m_pause_req || s_pause_req_sync3_reg;
            end else if (m_axis_tvalid_out) begin
                // frame transfer; set frame bit
                pause_frame_reg <= 1'b1;
                if (m_axis_tready && m_axis_tlast) begin
                    // end of frame; clear frame bit and update pause status
                    pause_frame_reg <= 1'b0;
                    pause_reg <= m_pause_req || s_pause_req_sync3_reg;
                end
            end else if (!pause_frame_reg) begin
                // idle; update pause status
                pause_reg <= m_pause_req || s_pause_req_sync3_reg;
            end
        end else begin
            pause_reg <= m_pause_req || s_pause_req_sync3_reg;
        end

        if (m_rst) begin
            pause_frame_reg <= 1'b0;
            pause_reg <= 1'b0;
        end
    end

end else begin

    assign m_axis_tready_out = m_axis_tready;
    assign m_axis_tvalid = m_axis_tvalid_out;

    assign m_axis_tdata = m_axis_tdata_out;
    assign m_axis_tkeep = m_axis_tkeep_out;
    assign m_axis_tlast = m_axis_tlast_out;
    assign m_axis_tid   = m_axis_tid_out;
    assign m_axis_tdest = m_axis_tdest_out;
    assign m_axis_tuser = m_axis_tuser_out;

    assign s_pause_ack = 1'b0;
    assign m_pause_ack = 1'b0;

end

endgenerate

endmodule

`resetall